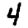
Digit: 4